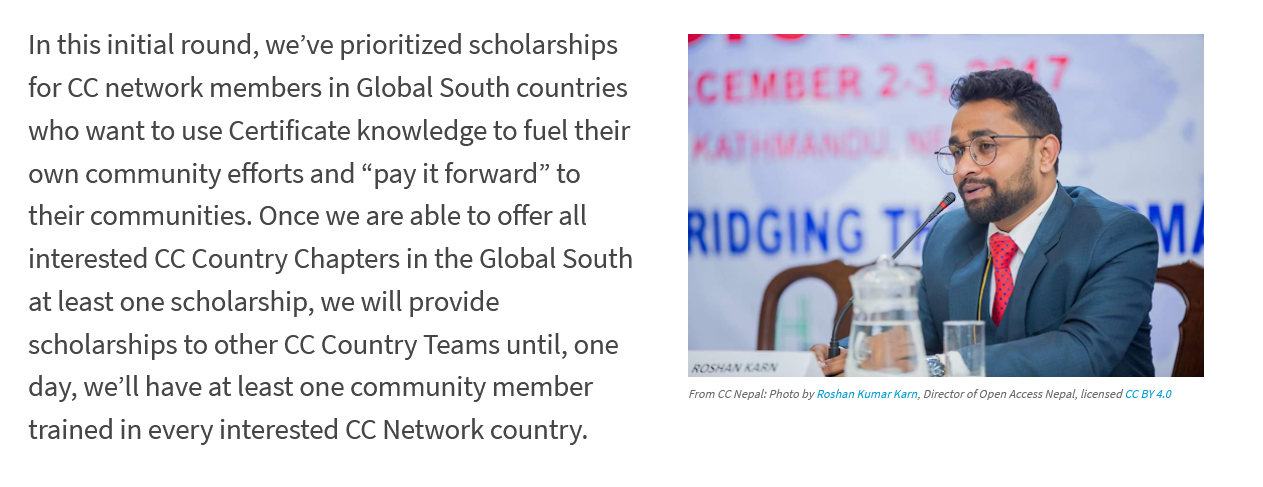
In  this    initial    round,    we’ve    prioritized    scholarships
     for   CC    network    members    in    Global    South    countries
     who   want    to    use    Certificate    knowledge    to    fuel  their
     own    community    efforts    and    “pay  it    forward”    to
     their    communities.    Once    we are    able    to    offer  all
     interested    CC    Country    Chapters    in  the    Global    Soutt
     at   least    one    scholarship,    we will    provide
     scholarships    to   other    CC    Country    Teams    until,    one
     day,    we'll    have    at   least    one    community    member
     trained    in  every    interested    CC    Network    country.
     From CC Nepal: Photo by Roshan Kumar Karn, Director of Open Access Nepal, licensed CC BY 4.0